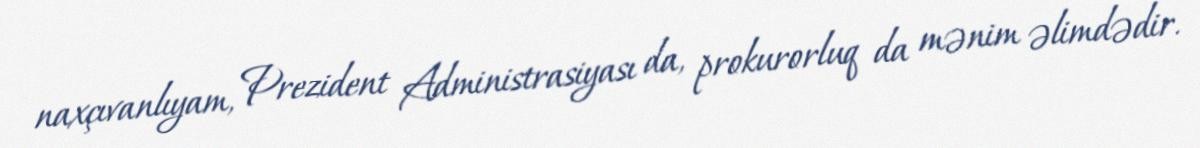
naxçıvanlıyam, Prezident Administrasiyası da, prokurorluq da mənim əlimdədir.